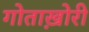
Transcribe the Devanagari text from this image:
गोताख़ोरी